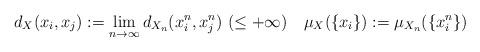
LaTeX: \begin{align*} d_X(x_i,x_j) := \lim_{n\to\infty} d_{X_n}(x_i^n,x_j^n) \ (\le +\infty) \quad \mu_X(\{x_i\}) := \mu_{X_n}(\{x_i^n\}) \end{align*}